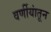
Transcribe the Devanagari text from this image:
वर्णीयांतून